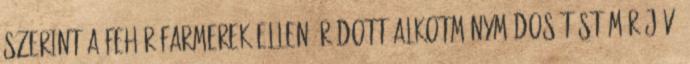
szerint a fehér farmerek ellen íródott alkotmánymódosítást már jövő